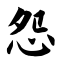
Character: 怨